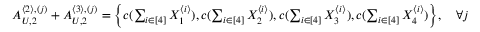
\begin{array} { r } { A _ { U , 2 } ^ { \langle 2 \rangle , ( j ) } + A _ { U , 2 } ^ { \langle 3 \rangle , ( j ) } = \biggl \{ c ( \sum _ { i \in [ 4 ] } X _ { 1 } ^ { \langle i \rangle } ) , c ( \sum _ { i \in [ 4 ] } X _ { 2 } ^ { \langle i \rangle } ) , c ( \sum _ { i \in [ 4 ] } X _ { 3 } ^ { \langle i \rangle } ) , c ( \sum _ { i \in [ 4 ] } X _ { 4 } ^ { \langle i \rangle } ) \biggr \} , \quad \forall j } \end{array}